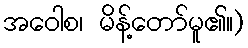
အဝေါစ၊ မိန့်တော်မူ၏။)